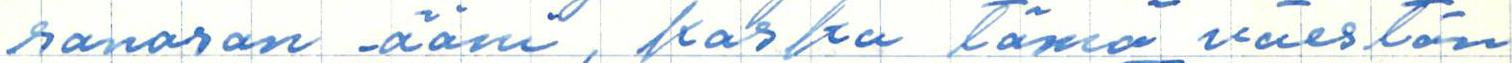
sanosan ääni, koska tämä väestön